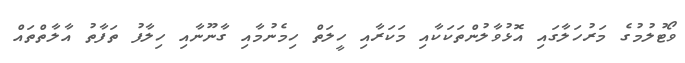
ވޯޓުލުމުގެ މަރުހަލާގައި އޮޅުވާލުންތަކަކާއި މަކަރާއި ހީލަތް ހިމެނުމާއި ގާނޫނާއި ހިލާފު ތަފާތު އާލާތްތައް